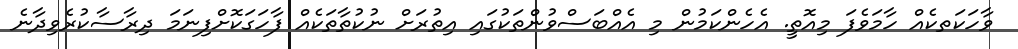
ވާހަކަތކެއް ހާމަވެފަ މިއޮތީ. އެހެންކަމުން މި އެއްބަސްވުންތަކުގައި އިތުރަށް ނުކުތާތަކެއް ފާހަގަކޮށްފިނަމަ ދިރާސާކުރެވިދާނެ